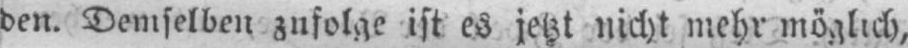
den. Demselben znfolge ist es jetzt nicht mehr möglich,